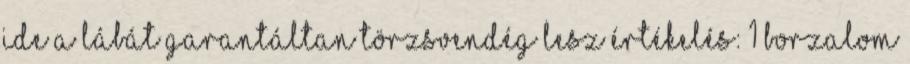
ide a lábát garantáltan törzsvendég lesz Értékelés: 1 Borzalom